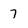
Character: 7